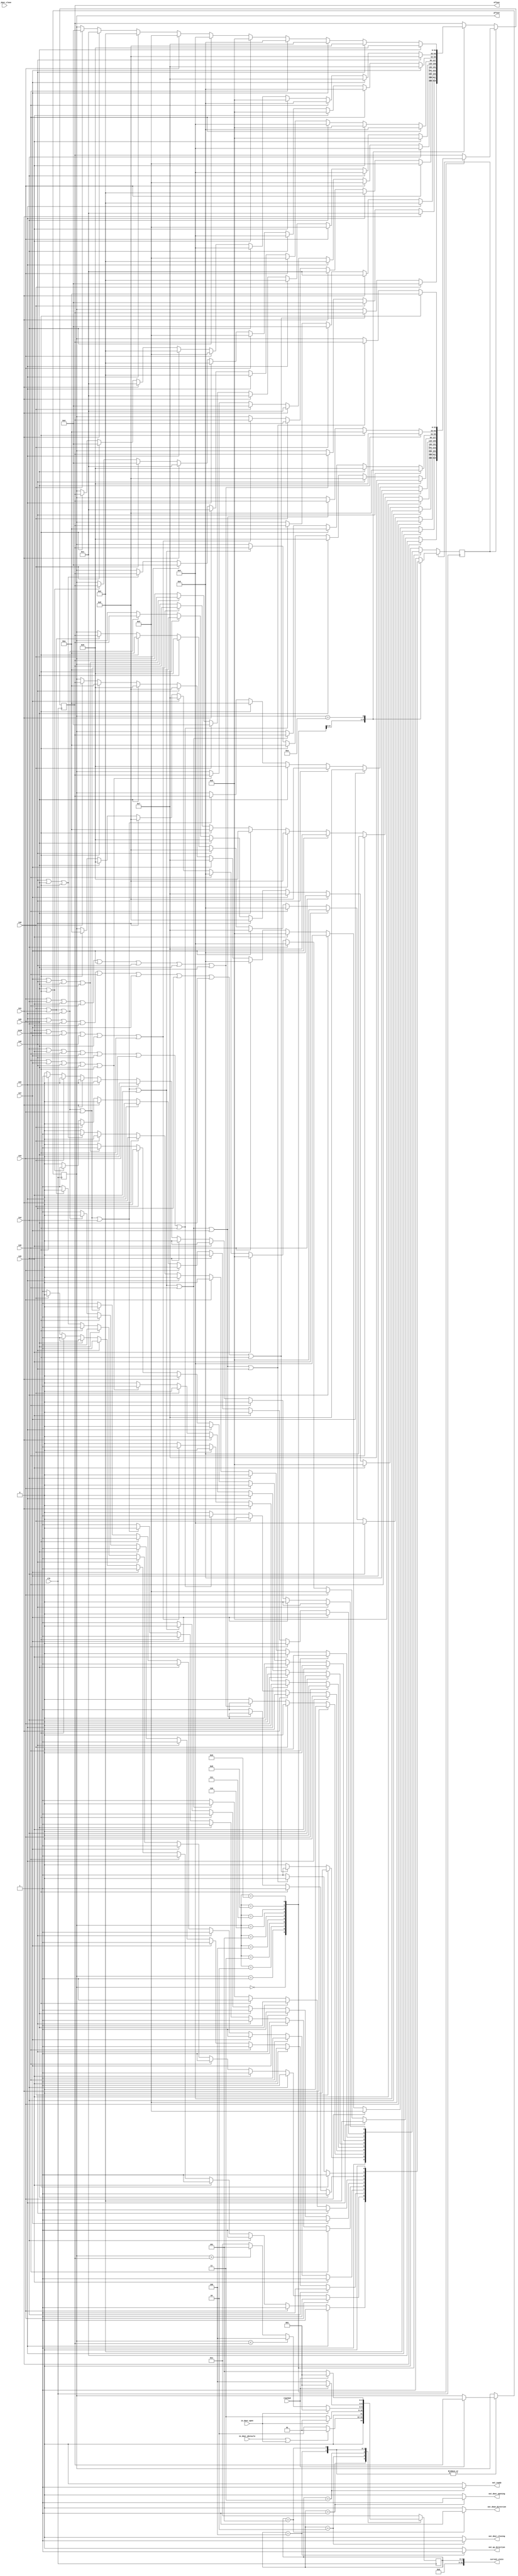
module controller(
    // input from outside world
    input clk,
    // input floor request - Eleven floors
    input in0, in1, in2, in3, in4, in5, in6, in7, in8, in9, in10, 
    // input sensor signals
    input in_door_obstacle,
    // input from inside lift
    input in_door_open,
    input in_door_close,
    // input from timer
    input reached,

    // operation states
    output out_up_direction,
    output out_down_direction,
    output out_door_opening,
    output out_door_closing,
    output out_ready,

    // output to timer
    output integer current_state,
    output integer nfloor,
    output integer pfloor);
/*
This design module has two components
1. state transitions
2. scheduling of lift floor requests

*/

/*
reg out_door_opening;
reg out_door_closing;
reg out_up_direction;
reg out_down_direction;
reg out_ready;

reg current_state;*/
//reg integer pfloor;
//reg integer current_state;
//reg integer nfloor;
reg dir;// dir = 1 up direction, dir = 0 for down direction

parameter STATE_DOOR_OPEN  = 1;
parameter STATE_DOOR_CLOSE = 2;
parameter STATE_READY      = 3;
parameter STATE_MOVE_UP    = 4;
parameter STATE_MOVE_DOWN  = 5;

initial begin
dir           = 1;
current_state = STATE_READY;
pfloor        = 0;
nfloor        = 0;
end

// state transition (current_state)

always @(posedge clk)
    begin
    case (current_state)
        STATE_DOOR_OPEN:
            begin
            if  (in_door_obstacle | in_door_open)
                current_state = STATE_DOOR_OPEN;
            else 
                current_state = STATE_DOOR_CLOSE;
            end

        STATE_DOOR_CLOSE:
            begin
            if  (in_door_open)
                current_state = STATE_DOOR_OPEN;
            else
                current_state = STATE_READY;
            end

        STATE_READY:
            begin
            if      (in_door_open)
                    current_state = STATE_DOOR_OPEN;
            else if (pfloor < nfloor)
                    current_state = STATE_MOVE_UP;
            else if (pfloor > nfloor)
                    current_state = STATE_MOVE_DOWN;        
            else if (pfloor == nfloor)
                    current_state = STATE_READY; 
            else
                    current_state = STATE_READY;
            end  

        STATE_MOVE_UP:
            begin
            if (reached) 
                begin
                current_state = STATE_DOOR_OPEN;
                pfloor = nfloor;
                /*case (pfloor)
                    0:  in0  = 1'b0;
                    1:  in1  = 1'b0;
                    2:  in2  = 1'b0;
                    3:  in3  = 1'b0;
                    4:  in4  = 1'b0;
                    5:  in5  = 1'b0;
                    6:  in6  = 1'b0;
                    7:  in7  = 1'b0;
                    8:  in8  = 1'b0;
                    9:  in9  = 1'b0;
                    10: in10 = 1'b0;
                endcase*/
                end
            else
                current_state = STATE_MOVE_UP;
            end

        STATE_MOVE_DOWN:
            begin
            if (reached)
                begin
                current_state = STATE_DOOR_OPEN;
                pfloor = nfloor;
                /*case (pfloor)
                    0:  in0  = 1'b0;
                    1:  in1  = 1'b0;
                    2:  in2  = 1'b0;
                    3:  in3  = 1'b0;
                    4:  in4  = 1'b0;
                    5:  in5  = 1'b0;
                    6:  in6  = 1'b0;
                    7:  in7  = 1'b0;
                    8:  in8  = 1'b0;
                    9:  in9  = 1'b0;
                    10: in10 = 1'b0;
                endcase*/
                end
            else 
                current_state = STATE_MOVE_DOWN;
            end

        default: current_state = STATE_READY;
    endcase
end

// next floor decision making algorithm
always @(posedge clk)
    begin
    // scanning input requests for the all the ten floors
/*    if (in0)  in0  = 1;
    if (in1)  in1  = 1;
    if (in2)  in2  = 1;
    if (in3)  in3  = 1;
    if (in4)  in4  = 1;
    if (in5)  in5  = 1;
    if (in6)  in6  = 1;
    if (in7)  in7  = 1;
    if (in8)  in8  = 1;
    if (in9)  in9  = 1;
    if (in10) in10 = 1;
*/
    if (dir)
        begin
            case (pfloor)
            0:  begin
                     if (in1)  nfloor = 1;
                else if (in2)  nfloor = 2;
                else if (in3)  nfloor = 3;
                else if (in4)  nfloor = 4;
                else if (in5)  nfloor = 5;
                else if (in6)  nfloor = 6;
                else if (in7)  nfloor = 7;
                else if (in8)  nfloor = 8;
                else if (in9)  nfloor = 9;
                else if (in10) nfloor = 10;
                else           nfloor = pfloor;
                end
            1:  begin
                     if (in2)  nfloor = 2;
                else if (in3)  nfloor = 3;
                else if (in4)  nfloor = 4;
                else if (in5)  nfloor = 5;
                else if (in6)  nfloor = 6;
                else if (in7)  nfloor = 7;
                else if (in8)  nfloor = 8;
                else if (in9)  nfloor = 9;
                else if (in10) nfloor = 10;
                else if (in0)  dir = 0;
                else           nfloor = pfloor;
                end
            2:  begin
                     if (in3)  nfloor = 3;
                else if (in4)  nfloor = 4;
                else if (in5)  nfloor = 5;
                else if (in6)  nfloor = 6;
                else if (in7)  nfloor = 7;
                else if (in8)  nfloor = 8;
                else if (in9)  nfloor = 9;
                else if (in10) nfloor = 10;
                else if (in0 | in1) dir = 0;
                else           nfloor = pfloor;
                end
            3:  begin
                     if (in4)  nfloor = 4;
                else if (in5)  nfloor = 5;
                else if (in6)  nfloor = 6;
                else if (in7)  nfloor = 7;
                else if (in8)  nfloor = 8;
                else if (in9)  nfloor = 9;
                else if (in10) nfloor = 10;
                else if (in0 | in1 | in2) dir = 0;
                else           nfloor = pfloor;
                end
            4:  begin
                     if (in5)  nfloor = 5;
                else if (in6)  nfloor = 6;
                else if (in7)  nfloor = 7;
                else if (in8)  nfloor = 8;
                else if (in9)  nfloor = 9;
                else if (in10) nfloor = 10;
                else if (in0 | in1 | in2 | in3) dir = 0;
                else           nfloor = pfloor;
                end
            5:  begin
                     if (in6)  nfloor = 6;
                else if (in7)  nfloor = 7;
                else if (in8)  nfloor = 8;
                else if (in9)  nfloor = 9;
                else if (in10) nfloor = 10;
                else if (in0 | in1 | in2 | in3 | in4) dir = 0;
                else           nfloor = pfloor;
                end
            6:  begin
                     if (in7)  nfloor = 7;
                else if (in8)  nfloor = 8;
                else if (in9)  nfloor = 9;
                else if (in10) nfloor = 10;
                else if (in0 | in1 | in2 | in3 | in4 | in5) dir = 0;
                else           nfloor = pfloor;
                end
            7:  begin
                     if (in8)  nfloor = 8;
                else if (in9)  nfloor = 9;
                else if (in10) nfloor = 10;
                else if (in0 | in1 | in2 | in3 | in4 | in5 | in6) dir = 0;
                else           nfloor = pfloor;
                end
            8:  begin
                     if (in9)  nfloor = 9;
                else if (in10) nfloor = 10;
                else if (in0 | in1 | in2 | in3 | in4 | in5 | in6 | in7) dir = 0;
                else           nfloor = pfloor;
                end
            9:  begin
                     if (in10) nfloor = 10;
                else if (in0 | in1 | in2 | in3 | in4 | in5 | in6 | in7 | in8) dir = 0;
                else           nfloor = pfloor;
                end
            10:      dir = 0;
            endcase
        end
    else if (~dir)
        begin
            case (pfloor)
            0: dir = 1;
            
            1:  begin
                     if (in0) nfloor = 0;
                else if (in2 | in3 | in4 | in5 | in6 | in7 | in8 | in9 | in10 ) dir = 1;
                else          nfloor = pfloor;
                end
            
            2:  begin
                     if (in1) nfloor = 1;
                else if (in0) nfloor = 0;
                else if (in3 | in4 | in5 | in6 | in7 | in8 | in9 | in10 ) dir = 1;
                else          nfloor = pfloor;
                end
            
            3:  begin
                     if (in2) nfloor = 2;     
                else if (in1) nfloor = 1;
                else if (in0) nfloor = 0;
                else if (in4 | in5 | in6 | in7 | in8 | in9 | in10 ) dir = 1;
                else          nfloor = pfloor;
                end
            
            4:  begin
                     if (in3) nfloor = 3;
                else if (in2) nfloor = 2;     
                else if (in1) nfloor = 1;
                else if (in0) nfloor = 0;
                else if (in5 | in6 | in7 | in8 | in9 | in10 ) dir = 1;
                else          nfloor = pfloor;
                end

            5:  begin
                     if (in4) nfloor = 4;
                else if (in3) nfloor = 3;
                else if (in2) nfloor = 2;     
                else if (in1) nfloor = 1;
                else if (in0) nfloor = 0;
                else if (in6 | in7 | in8 | in9 | in10 ) dir = 1;
                else          nfloor = pfloor;
                end

            6:  begin
                     if (in5) nfloor = 5;
                else if (in4) nfloor = 4;
                else if (in3) nfloor = 3;
                else if (in2) nfloor = 2;     
                else if (in1) nfloor = 1;
                else if (in0) nfloor = 0;
                else if (in7 | in8 | in9 | in10 ) dir = 1;
                else          nfloor = pfloor;
                end
            
            7:  begin
                     if (in6) nfloor = 6;
                else if (in5) nfloor = 5;
                else if (in4) nfloor = 4;
                else if (in3) nfloor = 3;
                else if (in2) nfloor = 2;     
                else if (in1) nfloor = 1;
                else if (in0) nfloor = 0;
                else if (in8 | in9 | in10 ) dir = 1;
                else          nfloor = pfloor;
                end

            8:  begin
                     if (in7) nfloor = 7;
                else if (in6) nfloor = 6;
                else if (in5) nfloor = 5;
                else if (in4) nfloor = 4;
                else if (in3) nfloor = 3;
                else if (in2) nfloor = 2;     
                else if (in1) nfloor = 1;
                else if (in0) nfloor = 0;
                else if (in9 | in10) dir = 1;
                else          nfloor = pfloor;
                end

            9:  begin
                     if (in8) nfloor = 8;
                else if (in7) nfloor = 7;
                else if (in6) nfloor = 6;
                else if (in5) nfloor = 5;
                else if (in4) nfloor = 4;
                else if (in3) nfloor = 3;
                else if (in2) nfloor = 2;     
                else if (in1) nfloor = 1;
                else if (in0) nfloor = 0;
                else if (in10) dir   = 1;
                else          nfloor = pfloor;
                end

            10: begin
                     if (in9) nfloor = 9;
                else if (in8) nfloor = 8;
                else if (in7) nfloor = 7;
                else if (in6) nfloor = 6;
                else if (in5) nfloor = 5;
                else if (in4) nfloor = 4;
                else if (in3) nfloor = 3;
                else if (in2) nfloor = 2;     
                else if (in1) nfloor = 1;
                else if (in0) nfloor = 0;
                else          nfloor = pfloor;
            end
            endcase

        end
end

// output signals
//assign current_state             = current_state;
assign out_door_closing   = (current_state == STATE_DOOR_CLOSE)?1:0;
assign out_door_opening   = (current_state == STATE_DOOR_OPEN)?1:0;
assign out_down_direction = (current_state == STATE_MOVE_DOWN)?1:0;
assign out_up_direction   = (current_state == STATE_MOVE_UP)?1:0;
assign out_ready          = (current_state == STATE_READY)?1:0;

endmodule